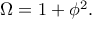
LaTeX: \Omega = 1 + \phi ^ { 2 } .